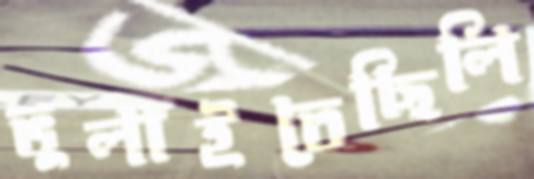
ভুলাইতেছিলি